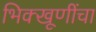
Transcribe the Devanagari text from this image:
भिक्खूणींचा